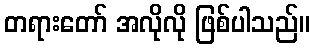
တရားတော် အလိုလို ဖြစ်ပါသည်။